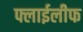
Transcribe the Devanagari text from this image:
फ्लाईलीफ